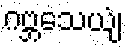
ဂဗ္ဘသေယျံ